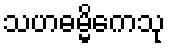
သဟဓမ္မိကေသု